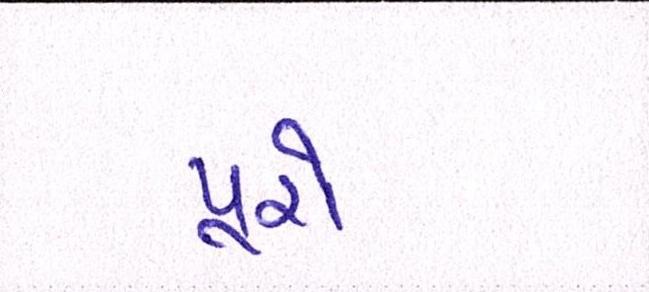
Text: પૂરો